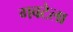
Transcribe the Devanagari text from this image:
गवटेला